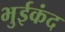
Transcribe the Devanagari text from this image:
भुईकंद